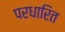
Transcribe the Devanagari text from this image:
परधारित